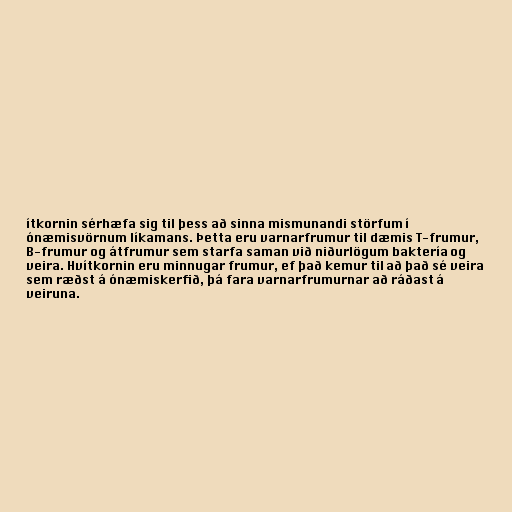
ítkornin sérhæfa sig til þess að sinna mismunandi störfum í
ónæmisvörnum líkamans. Þetta eru varnarfrumur til dæmis T-frumur,
B-frumur og átfrumur sem starfa saman við niðurlögum baktería og
veira. Hvítkornin eru minnugar frumur, ef það kemur til að það sé veira
sem ræðst á ónæmiskerfið, þá fara varnarfrumurnar að ráðast á
veiruna.